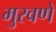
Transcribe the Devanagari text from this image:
मुरवणे